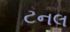
ટનલ